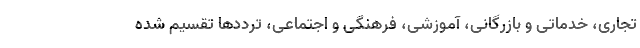
تجاری، خدماتی و بازرگانی، آموزشی، فرهنگی و اجتماعی، ترددها تقسیم شده